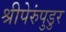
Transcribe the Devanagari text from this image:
श्रीपेरुंपुडुर